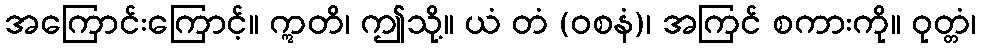
အကြောင်းကြောင့်။ ဣတိ၊ ဤသို့။ ယံ တံ (ဝစနံ)၊ အကြင် စကားကို။ ဝုတ္တံ၊